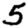
Digit: 5